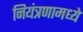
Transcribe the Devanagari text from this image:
नियंत्रणामध्ये